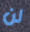
لن